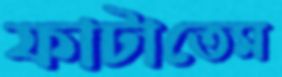
ফাটাতেম